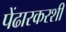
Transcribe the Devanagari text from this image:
पेंढारकरशी